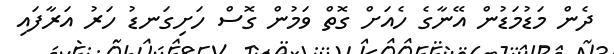
ދެން މަޑުމަޑުން އޭނާގެ ހެއަށް ގޮތް ވަމުން ގޮސް ހަށިގަނޑު ހަރު އަރާފައި